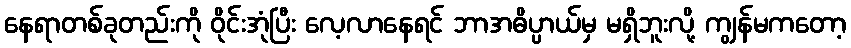
နေရာတစ်ခုတည်းကို ဝိုင်းအုံပြီး လေ့လာနေရင် ဘာအဓိပ္ပာယ်မှ မရှိဘူးလို့ ကျွန်မကတော့